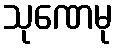
သုဏေမု